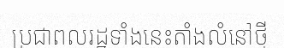
ប្រជាពលរដ្ឋទាំងនេះតាំងលំនៅថ្មី